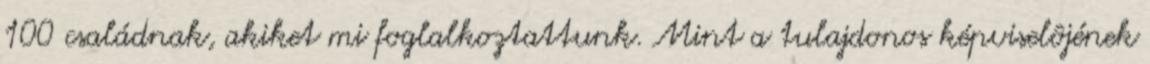
100 családnak, akiket mi foglalkoztattunk. Mint a tulajdonos képviselôjének